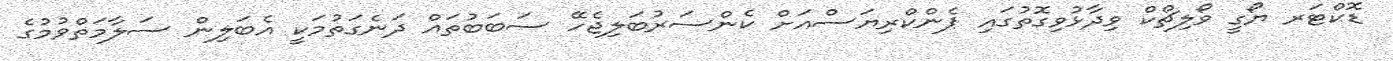
ޑޮކްޓަރ ޔޯގީ ވޯލިޗްކް ވިދާޅުވިގޮތުގައި ޕެންކްރިޔަސްއަށް ކެންސަރުބަލިޖެހޭ ސަބަބުތައް ދަނެގަތުމަކީ އެބަލިން ސަލާމަތްވުމުގެ